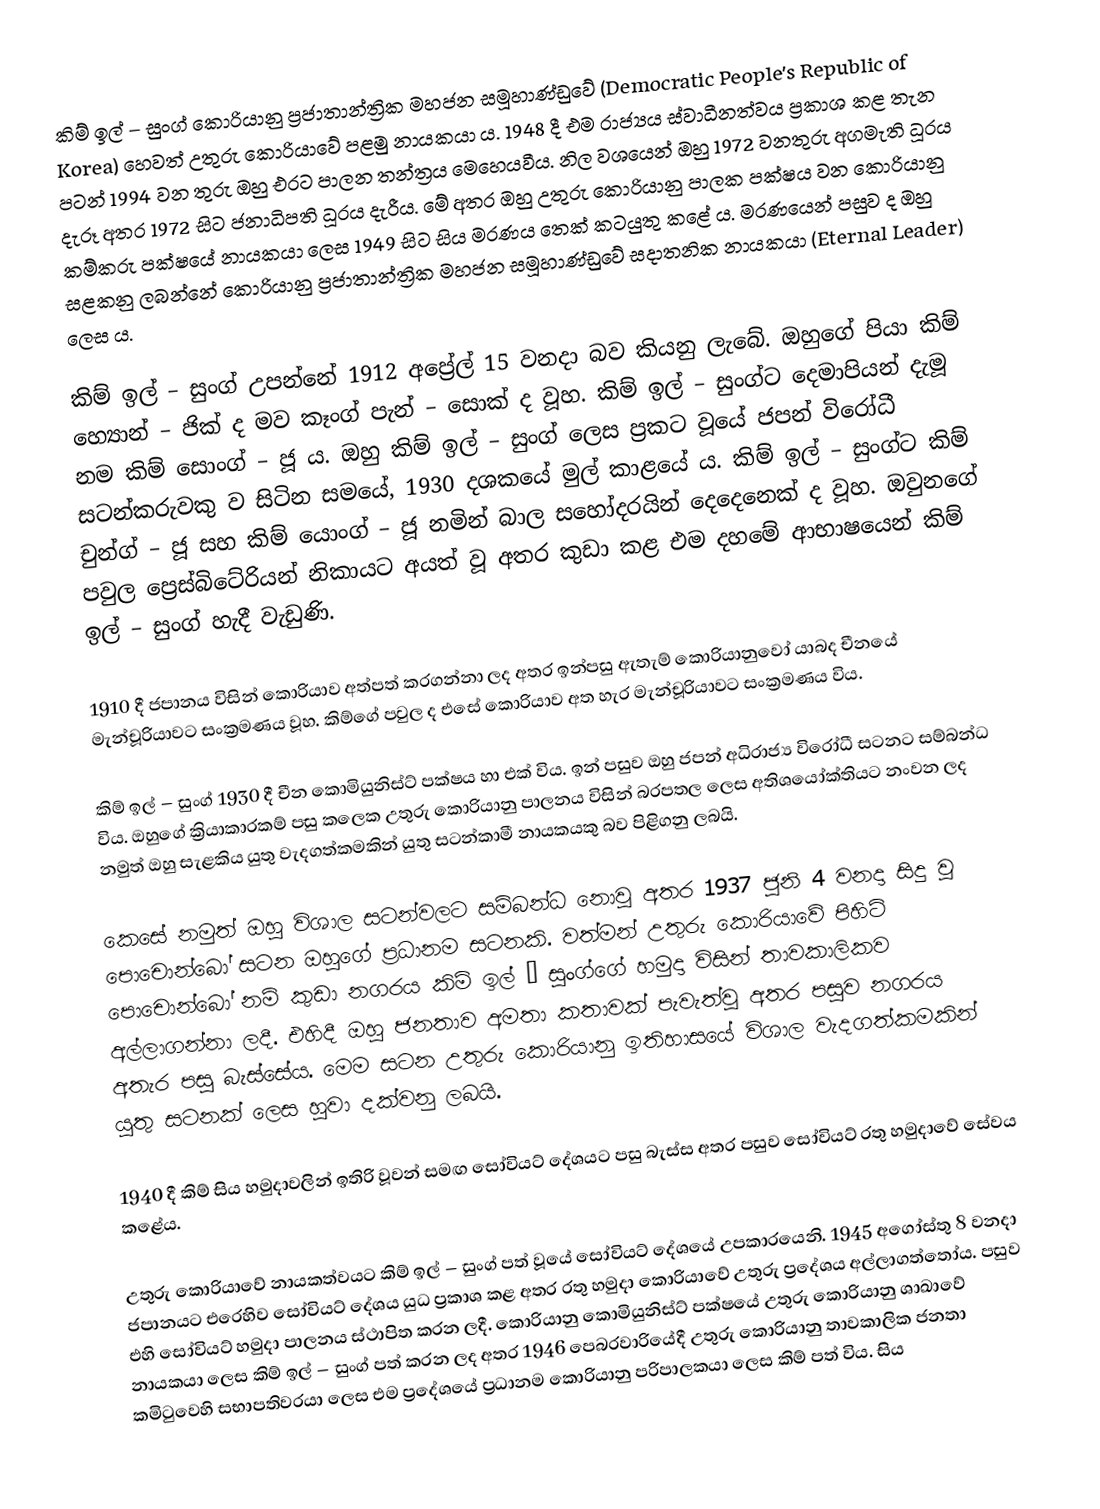
කිම් ඉල් – සුංග් කොරියානු ප්‍රජාතාන්ත්‍රික මහජන සමූහාණ්ඩුවේ (Democratic People’s Republic of Korea) හෙවත් උතුරු කොරියාවේ පළමු නායකයා ය. 1948 දී එම රාජ්‍යය ස්වාධීනත්වය ප්‍රකාශ කළ තැන පටන් 1994 වන තුරු ඔහු එරට පාලන තන්ත්‍රය මෙහෙයවීය. නිල වශයෙන් ඔහු 1972 වනතුරු අගමැති ධූරය දැරූ අතර 1972 සිට ජනාධිපති ධූරය දැරීය. මේ අතර ඔහු උතුරු කොරියානු පාලක පක්ෂය වන කොරියානු කම්කරු පක්ෂයේ නායකයා ලෙස 1949 සිට සිය මරණය තෙක් කටයුතු කළේ ය. මරණයෙන් පසුව ද ඔහු සළකනු ලබන්නේ කොරියානු ප්‍රජාතාන්ත්‍රික මහජන සමූහාණ්ඩුවේ සදාතනික නායකයා (Eternal Leader) ලෙස ය.

කිම් ඉල් – සුංග් උපන්නේ 1912 අප්‍රේල් 15 වනදා බව කියනු ලැබේ. ඔහුගේ පියා කිම් හ්‍යොන් – ජික් ද මව කෑංග් පැන් – සොක් ද වූහ. කිම් ඉල් – සුංග්ට දෙමාපියන් දැමූ නම කිම් සොංග් – ජූ ය. ඔහු කිම් ඉල් – සුංග් ලෙස ප්‍රකට වූයේ ජපන් විරෝධී සටන්කරුවකු ව සිටින සමයේ, 1930 දශකයේ මුල් කාළයේ ය. කිම් ඉල් – සුංග්ට කිම් චුන්ග් – ජූ සහ කිම් යොංග් – ජූ නමින් බාල සහෝදරයින් දෙදෙනෙක් ද වූහ. ඔවුනගේ පවුල ප්‍රෙස්බිටේරියන් නිකායට අයත් වූ අතර කුඩා කළ එම දහමේ ආභාෂයෙන් කිම් ඉල් – සුංග් හැදී වැඩුණි.

1910 දී ජපානය විසින් කොරියාව අත්පත් කරගන්නා ලද අතර ඉන්පසු ඇතැම් කොරියානුවෝ යාබද චීනයේ මැන්චූරියාවට සංක්‍රමණය වූහ. කිම්ගේ පවුල ද එසේ කොරියාව අත හැර මැන්චූරියාවට සංක්‍රමණය විය.

කිම් ඉල් – සුංග් 1930 දී චීන කොමියුනිස්ට් පක්ෂය හා එක් විය. ඉන් පසුව ඔහු ජපන් අධිරාජ්‍ය විරෝධී සටනට සම්බන්ධ විය. ඔහුගේ ක්‍රියාකාරකම් පසු කලෙක උතුරු කොරියානු පාලනය විසින් බරපතල ලෙස අතිශයෝක්තියට නංවන ලද නමුත් ඔහු සැළකිය යුතු වැදගත්කමකින් යුතු සටන්කාමී නායකයකු බව පිළිගනු ලබයි.

කෙසේ නමුත් ඔහු විශාල සටන්වලට සම්බන්ධ නොවූ අතර 1937 ජූනි 4 වනදා සිදු වූ පොචොන්බෝ සටන ඔහුගේ ප්‍රධානම සටනකි. වත්මන් උතුරු කොරියාවේ පිහිටි පොචොන්බෝ නම් කුඩා නගරය කිම් ඉල් – සුංග්ගේ හමුදා විසින් තාවකාලිකව අල්ලාගන්නා ලදී. එහිදී ඔහු ජනතාව අමතා කතාවක් පැවැත්වූ අතර පසුව නගරය අතැර පසු බැස්සේය. මෙම සටන උතුරු කොරියානු ඉතිහාසයේ විශාල වැදගත්කමකින් යුතු සටනක් ලෙස හුවා දක්වනු ලබයි.

1940 දී කිම් සිය හමුදාවලින් ඉතිරි වූවන් සමඟ සෝවියට් දේශයට පසු බැස්ස අතර පසුව සෝවියට් රතු හමුදාවේ සේවය කළේය.

උතුරු කොරියාවේ නායකත්වයට කිම් ඉල් – සුංග් පත් වූයේ සෝවියට් දේශයේ උපකාරයෙනි. 1945 අගෝස්තු 8 වනදා ජපානයට එරෙහිව සෝවියට් දේශය යුධ ප්‍රකාශ කළ අතර රතු හමුදා කොරියාවේ උතුරු ප්‍රදේශය අල්ලාගත්තෝය. පසුව එහි සෝවියට් හමුදා පාලනය ස්ථාපිත කරන ලදී. කොරියානු කොමියුනිස්ට් පක්ෂයේ උතුරු කොරියානු ශාඛාවේ නායකයා ලෙස කිම් ඉල් – සුංග් පත් කරන ලද අතර 1946 පෙබරවාරියේදී උතුරු කොරියානු තාවකාලික ජනතා කමිටුවෙහි සභාපතිවරයා ලෙස එම ප්‍රදේශයේ ප්‍රධානම කොරියානු පරිපාලකයා ලෙස කිම් පත් විය. සිය